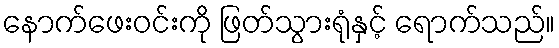
နောက်ဖေးဝင်းကို ဖြတ်သွားရုံနှင့် ရောက်သည်။